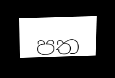
පත